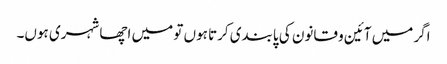
اگر میں آئین و قانون کی پابندی کرتا ہوں تو میں اچھا شہری ہوں۔